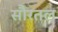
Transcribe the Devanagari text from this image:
सौरतल